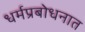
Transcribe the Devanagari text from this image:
धर्मप्रबोधनात